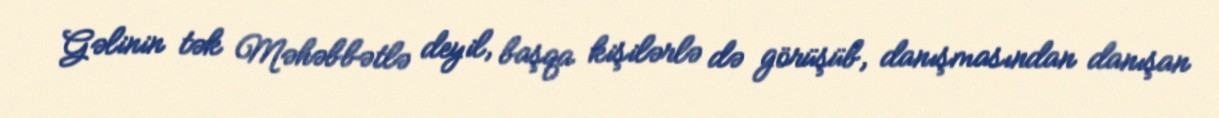
Gəlinin tək Məhəbbətlə deyil, başqa kişilərlə də görüşüb, danışmasından danışan